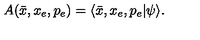
A ( \bar { x } , x _ { e } , p _ { e } ) = \langle \bar { x } , x _ { e } , p _ { e } | \psi \rangle .